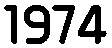
1974